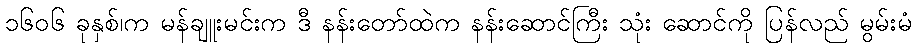
၁၆၀၆ ခုနှစ်၊က မန်ချူးမင်းက ဒီ နန်းတော်ထဲက နန်းဆောင်ကြီး သုံး ဆောင်ကို ပြန်လည် မွမ်းမံ